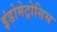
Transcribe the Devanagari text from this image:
इंडोमेट्रोसिस